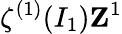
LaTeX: \zeta^{(1)}(I_{1})\textbf{Z}^{1}